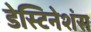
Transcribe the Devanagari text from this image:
डेस्टिनेशंस